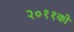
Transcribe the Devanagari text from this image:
२०११को